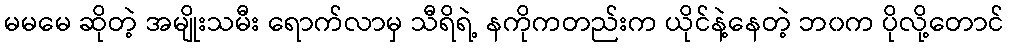
မမမေ ဆိုတဲ့ အမျိုးသမီး ရောက်လာမှ သီရိရဲ့ နကိုကတည်းက ယိုင်နဲ့နေတဲ့ ဘ၀က ပိုလို့တောင်